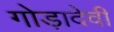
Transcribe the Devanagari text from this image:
गोड़ादेवी